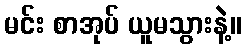
မင်း စာအုပ် ယူမသွားနဲ့။